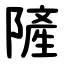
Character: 隡